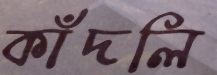
কাঁদলি